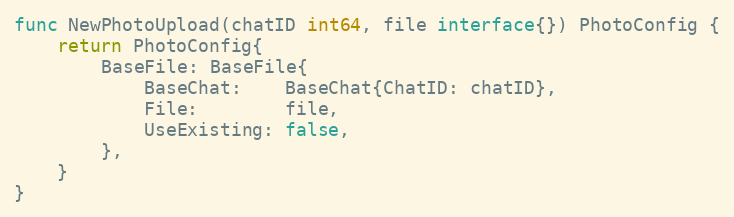
Language: Go
func NewPhotoUpload(chatID int64, file interface{}) PhotoConfig {
	return PhotoConfig{
		BaseFile: BaseFile{
			BaseChat:    BaseChat{ChatID: chatID},
			File:        file,
			UseExisting: false,
		},
	}
}